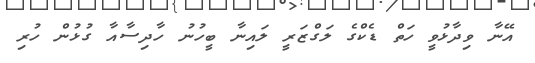
އޭނާ ވިދާޅުވީ ހަތް ޑެކްގެ ލަގްޒަރީ ލައިނާ ބީހުނު ހާދިސާއާ ގުޅުން ހުރި